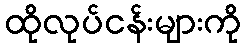
ထိုလုပ်ငန်းများကို